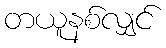
တယူနစ်လျှင်